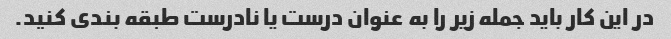
در این کار باید جمله زیر را به عنوان درست یا نادرست طبقه بندی کنید.